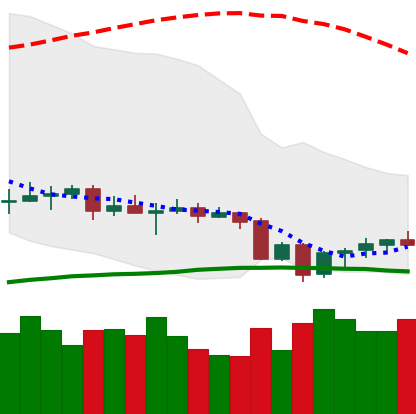
Ticker: EOS-USD
Chart end date: 2020-09-28
Forward return: -3.335%
Label: down_3_5